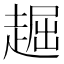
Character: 䞷